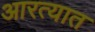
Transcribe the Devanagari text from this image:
आरत्यात